Indian journal of veterinary science and animal husbandry - Volumes 15-17, 1948-1951
Year: 1948
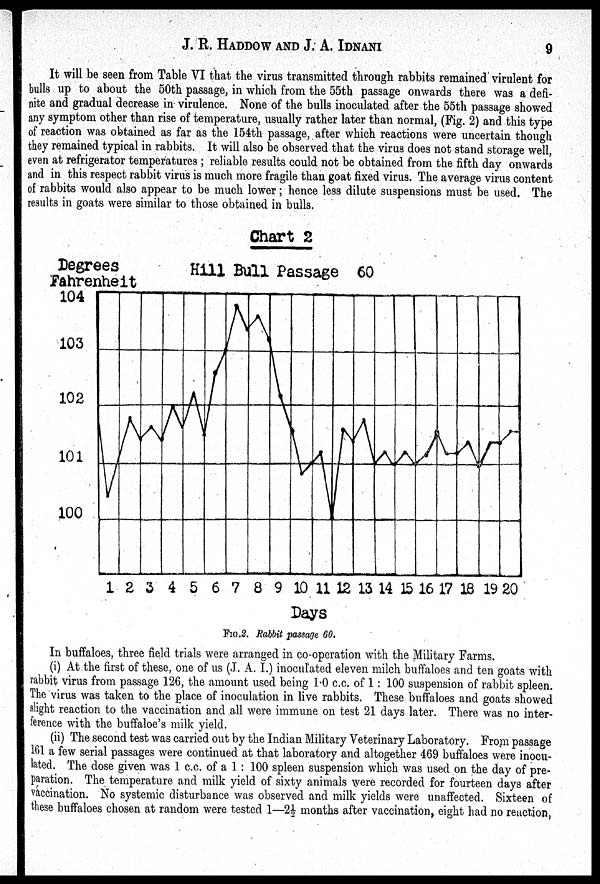
J. R. HADDOW AND J. A.
IDNANI
9
It will be seen from Table VI that the virus transmitted through rabbits remained virulent for
bulls up to about the 50th passage, in which from the 55th passage onwards there was a defi-
nite and gradual decrease in virulence. None of the bulls inoculated after the 55th passage showed
any symptom other than rise of temperature, usually rather later than normal, (Fig. 2) and this type
of reaction was obtained as far as the 154th passage, after which reactions were uncertain though
they remained typical in rabbits. It will also be observed that the virus does not stand storage well,
even at refrigerator temperatures ; reliable results could not be obtained from the fifth day onwards
and in this respect rabbit virus is much more fragile than goat fixed virus. The average virus content
of rabbits would also appear to be much lower; hence less dilute suspensions must be used. The
results in goats were similar to those obtained in bulls.
FIG. 2. Rabbit passage 60.
In buffaloes, three field trials were arranged in co-operation with the Military Farms.
(i) At the first of these, one of us (J. A. I.) inoculated eleven milch buffaloes and ten goats with
rabbit virus from passage 126, the amount used being 1.0 c.c. of 1: 100 suspension of rabbit spleen.
The virus was taken to the place of inoculation in live rabbits. These buffaloes and goats showed
slight reaction to the vaccination and all were immune on test 21 days later. There was no inter-
ference with the buffaloe's milk yield.
(ii) The second test was carried out by the Indian Military Veterinary Laboratory. From passage
161 a few serial passages were continued at that laboratory and altogether 469 buffaloes were inocu-
lated. The dose given was 1 c.c. of a 1 : 100 spleen suspension which was used on the day of pre-
paration. The temperature and milk yield of sixty animals were recorded for fourteen days after
vaccination. No systemic disturbance was observed and milk yields were unaffected. Sixteen of
these buffaloes chosen at random were tested 1—2½ months after vaccination, eight had no reaction,